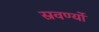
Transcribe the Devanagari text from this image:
स्रवर्ण्यो